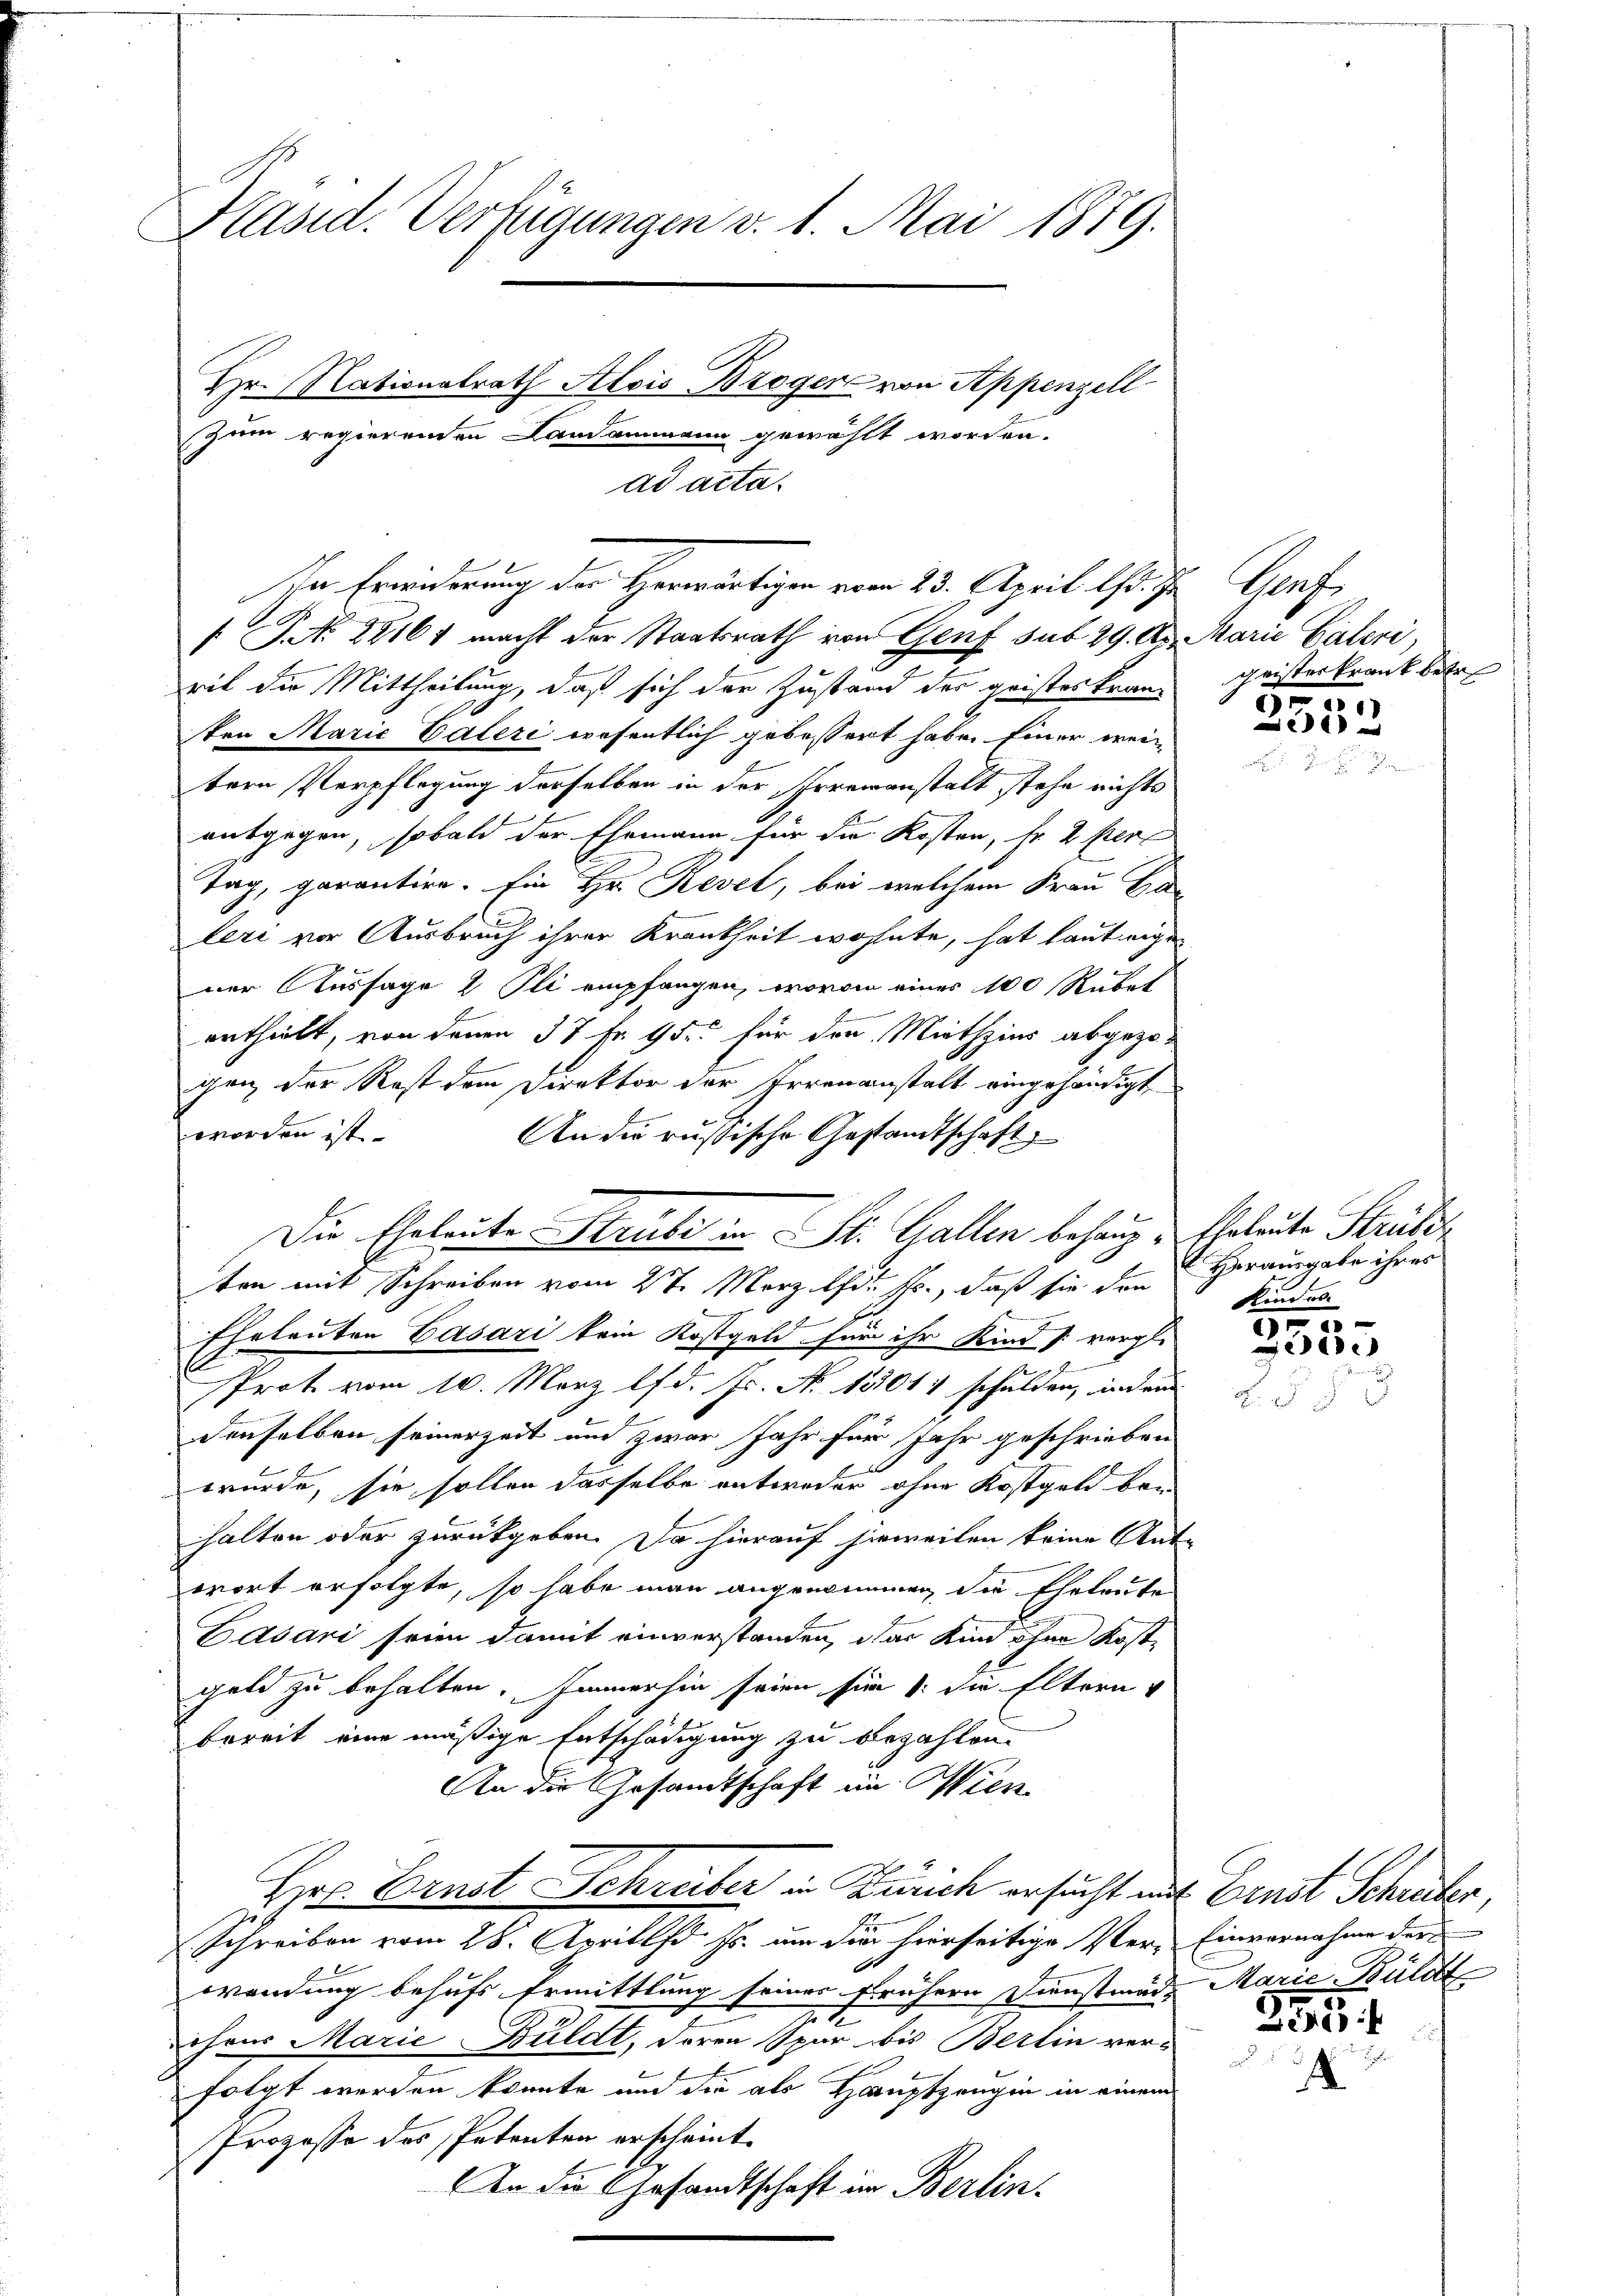
Präsid. Verfügungen v. 1. Mai 1889.
Hr. Nationalrath Alois Bzogen von Appenzell
zum regierenden Landammann gewählt worden.
ad acta.

In Erwiderung der Herwärtigen vom 23. April l. Js. Genf,
 P. No 88161 macht der Staatsrath von Genf sub 29. Ap. Marie Pateri,
rit die Mittheilung, daß sich der Zustand der geisteskran-
ten Marić Cateri wesentlich gebessert habe. Einer weitern Verpflegung derselben in der Irrenanstalt stehe nichts
entgegen, sobald der Ehemann für die Kosten, fr. 2 Per
Tag, garantire. Ein Hr. Revel, bei welchem Frau Ble
leri vor Ausbruch ihrer Krankheit wohnte, hat lautwige
ner Aussage 2 Pli empfangen, wovon einer 100 Rübet
ertheilt, von denen 37 Fr. 95 für den Miethzins abgezogen der Rest dem Direktor der Irrenanstalt eingehändigt
worden ist.
An die russische Gestandtschaft
ton mit Schreiben vom 27. März lfd. Mts., daß sie den
E
Eheleuten Gasari kein Kostgeld für ihr Kind /: vergl.
b
Prot. vom 10. März lfd. Js. No 13014 schulden, inden
denselben seinerzeit und zwar Jahr für Jahr geschrieben
wurde, sie sollen dasselbe entweder ohne Kostgeld bei
halten oder zurückgeben. Da hierauf sie weilen keine Ant-
wort erfolgte, so habe man angenommen die Eheleute
Csari seien damit einverstanden, das Kind ohne Kostgeld zu behalten. Immerhin seien für 1 die Eltern
bereit eine mäßige Entschädigung zu bezahlen.
An die Gesandtschaft im Wien
Herr Ernst Schreiber in Zürich ersucht mit Ernst Schreiber,
Schreiben vom 28. Aprill d. Js. um die hierseitige Ver- Einvernahme der
.
wendung behufs Ermittlung seines frühern Dienstmad, Marie-Büldt
chres Marie Buldt, deren Spar bis Berlin ver¬
u
folgt werden könnte und die als Hauptzeugin in einem
Prozesse des Petenten erscheint.
An die Gesandtschaft im Berlin¬

Die Eheleute Strube in St. Gallen behaup¬

geister Frank betr.
55

Li

Eheleute Struber
Herausgabe ihres
Kindes.

99,00
e

7